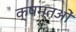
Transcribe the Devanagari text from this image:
क्षमतओं